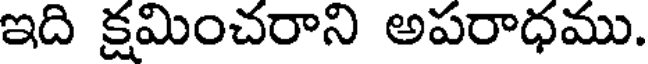
ఇది క్షమించరాని అపరాధము.